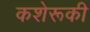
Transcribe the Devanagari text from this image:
कशेरूकी